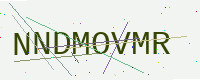
Text: NNDMOVMR